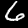
Digit: 6